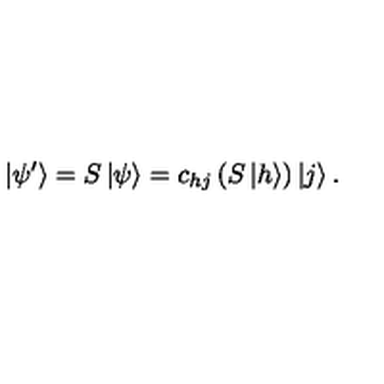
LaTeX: \left| \psi ^ { \prime } \right> = S \left| \psi \right> = c _ { h j } \left( S \left| h \right> \right) \left| j \right> .